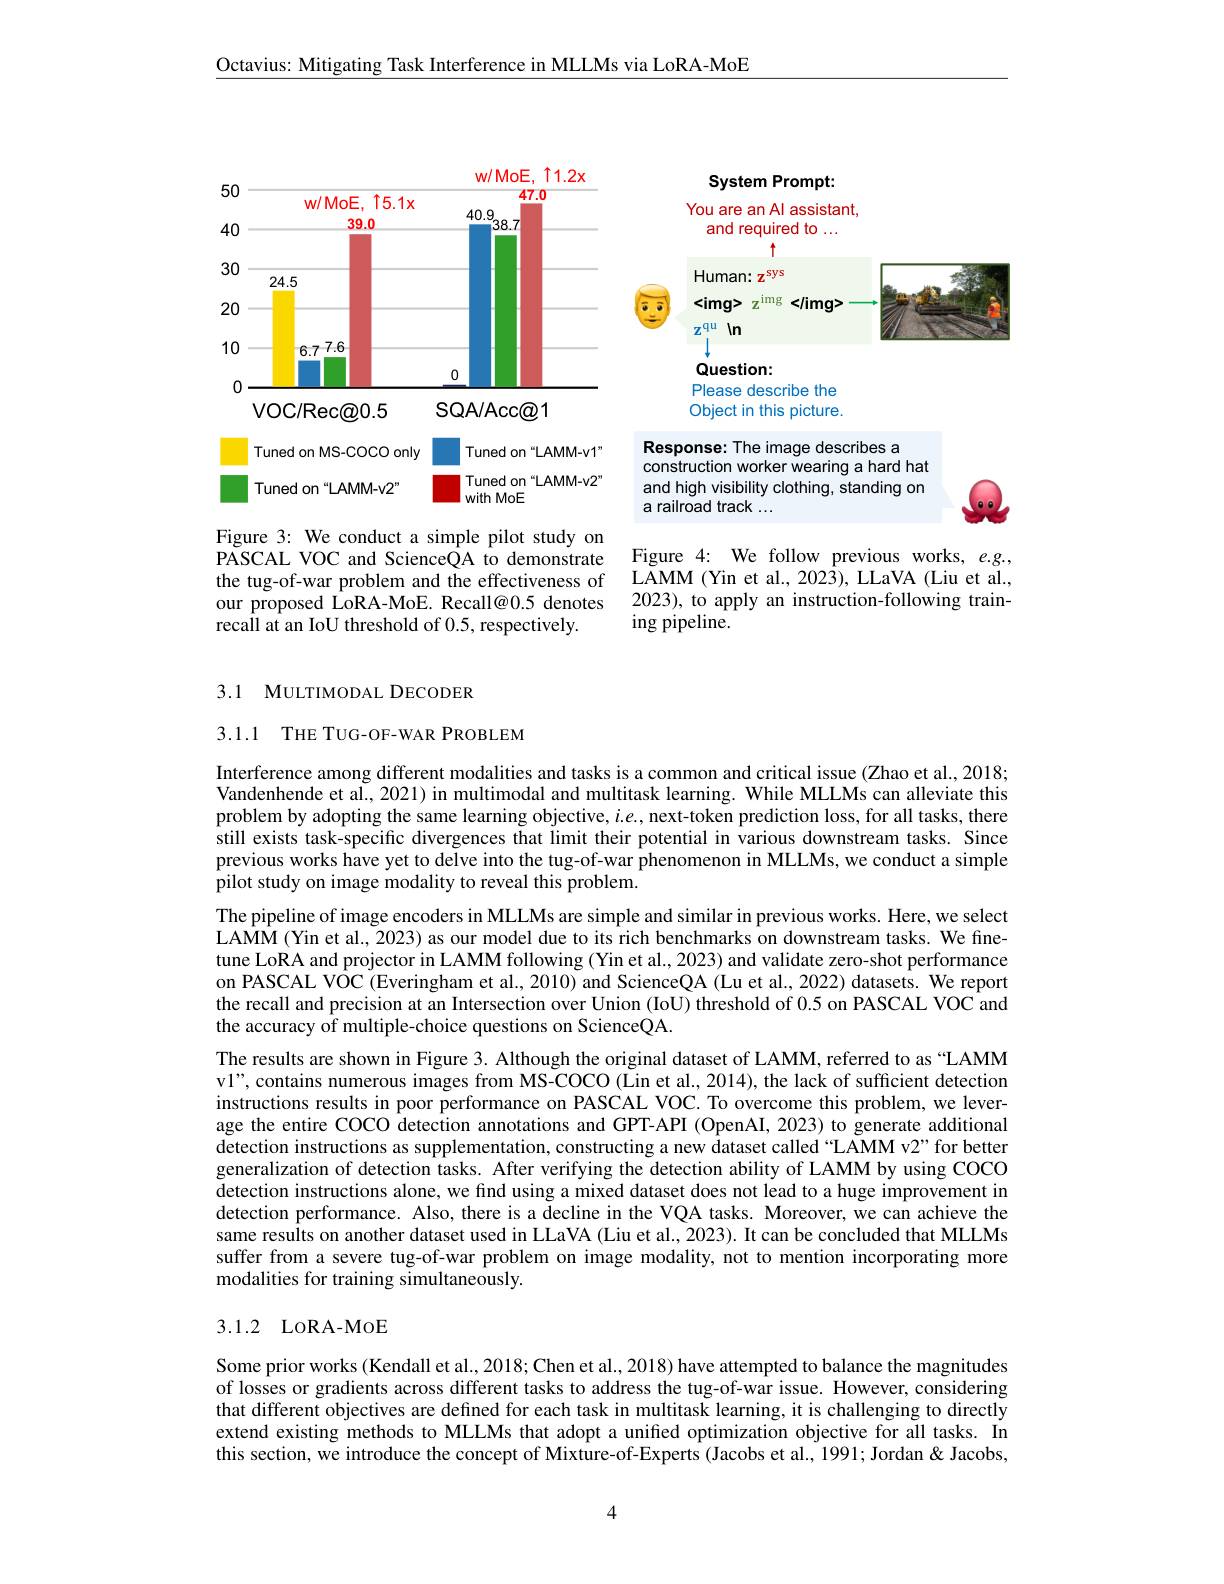
Octavius: Mitigating Task Interference in MLLMs via LoRA-MoE

<FigureHere>

# 3.1 MULTIMODAL DECODER

3.1.1 THE TUG-OF-WAR PROBLEM

Interference among different modalities and tasks is a common and critical issue (Zhao et al., 2018; Vandenhende et al., 2021) in multimodal and multitask learning. While MLLMs can alleviate this problem by adopting the same learning objective, $i.e.$, next-token prediction loss, for all tasks, there still exists task-specific divergences that limit their potential in various downstream tasks. Since previous works have yet to delve into the tug-of-war phenomenon in MLLMs, we conduct a simple pilot study on image modality to reveal this problem.

The pipeline of image encoders in MLLMs are simple and similar in previous works. Here, we select LAMM (Yin et al., 2023) as our model due to its rich benchmarks on downstream tasks. We finetune LoRA and projector in LAMM following (Yin et al., 2023) and validate zero-shot performance on PASCAL VÔC (Everingham et al., 2010) and ScienceQA (Lu et al., 2022) datasets. We report the recall and precision at an Intersection over Union (IoU) threshold of 0.5 on PASCAL VOC and the accuracy of multiple-choice questions on ScienceQA.
The results are shown in Figure 3. Although the original dataset of LAMM, referred to as “LAMM v1", contains numerous images from MS-COCO (Lin et al., 2014), the lack of sufficient detection instructions results in poor performance on PASCAL VOC. To overcome this problem, we leverage the entire COCO detection annotations and GPT-API (OpenAI, 2023) to generate additional detection instructions as supplementation, constructing a new dataset called "LAMM v2" for better generalization of detection tasks. After verifying the detection ability of LAMM by using COCO detection instructions alone, we find using a mixed dataset does not lead to a huge improvement in detection performance. Also, there is a decline in the VQA tasks. Moreover, we can achieve the same results on another dataset used in LLaVA (Liu et al., 2023). It can be concluded that MLLMs suffer from a severe tug-of-war problem on image modality, not to mention incorporating more modalities for training simultaneously.

## 3.1.2 LoRA-MoE

Some prior works (Kendall et al., 2018; Chen et al., 2018) have attempted to balance the magnitudes of losses or gradients across different tasks to address the tug-of-war issue. However, considering that different objectives are defined for each task in multitask learning, it is challenging to directly extend existing methods to MLLMs that adopt a uniffed optimization objective for all tasks. In this section, we introduce the concept of Mixture-of-Experts (Jacobs et al., 1991; Jordan & Jacobs,

4